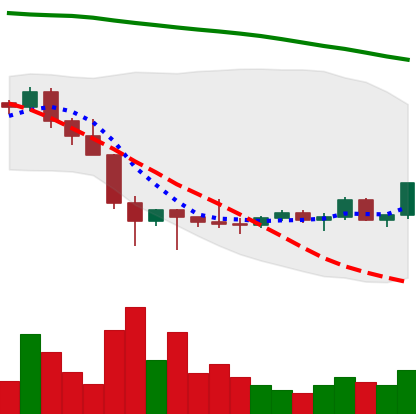
Ticker: LTC-USD
Chart end date: 2022-02-04
Forward return: 15.923%
Label: up_7plus